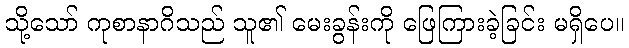
သို့သော် ကုစာနာဂိသည် သူ၏ မေးခွန်းကို ဖြေကြားခဲ့ခြင်း မရှိပေ။